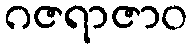
ဂဇရာဇာဝ